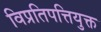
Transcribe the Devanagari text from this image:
विप्रतिपत्तियुक्त